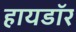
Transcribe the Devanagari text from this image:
हायडॉर